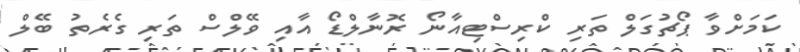
ކަމަށްވާ ޕޯޗުގަލް ތަރި ކްރިސްޓިއާނޯ ރޮނާލްޑޯ އާއި ވޭލްސް ތަރި ގެރެތު ބޭލް